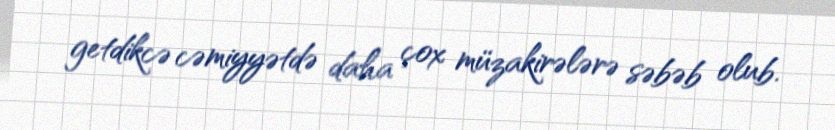
getdikcə cəmiyyətdə daha çox müzakirələrə səbəb olub.